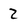
Character: 2